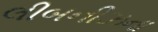
લીબનીઝના